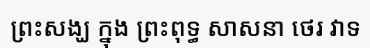
ព្រះសង្ឃ ក្នុង ព្រះពុទ្ធ សាសនា ថេរ វាទ